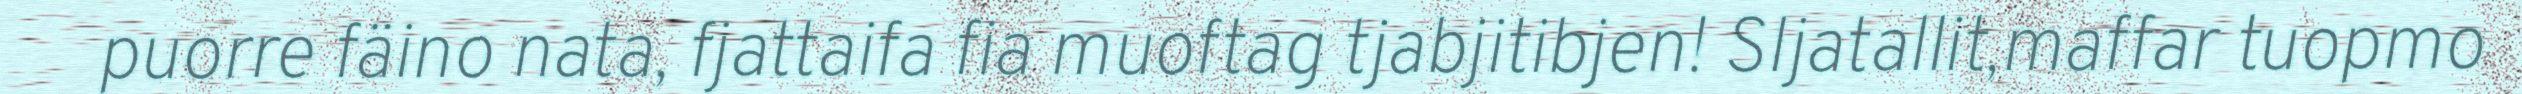
puorre fäino nata, fjattaifa fia muoftag tjabjitibjen! Sljatallit,maffar tuopmo